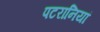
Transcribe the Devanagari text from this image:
पटरानियां